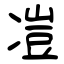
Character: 凒